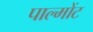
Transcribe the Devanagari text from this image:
पाल्मोंट